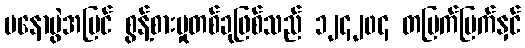
မနောပွဲအပြင် စွန့်စားမှုတစ်ခုဖြစ်သည် ၁၂၄၂၀၄ တပြက်ပြက်နှင်